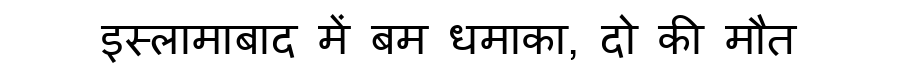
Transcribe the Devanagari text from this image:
इस्लामाबाद में बम धमाका, दो की मौत